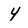
Character: Y